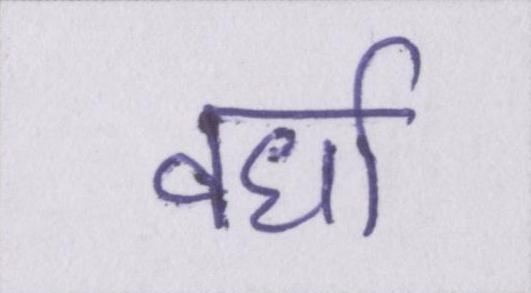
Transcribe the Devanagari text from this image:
वर्धा